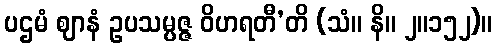
ပဌမံ ဈာနံ ဥပသမ္ပဇ္ဇ ဝိဟရတီ’တိ (သံ။ နိ။ ၂။၁၅၂)။